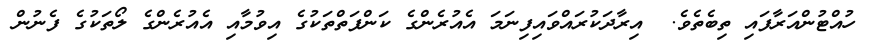
ހުއްޓުންއަރާފައި ތިބެތެވެ.  އިރާދަކުރައްވައިފިނަމަ އެއުރެންގެ ކަންފަތްތަކުގެ އިވުމާއި އެއުރެންގެ ލޯތަކުގެ ފެނުން